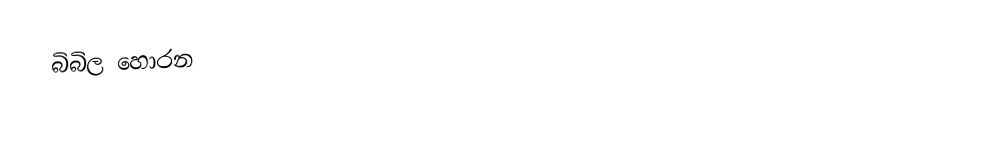
බිබිල හොරන